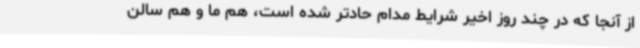
از آنجا که در چند روز اخیر شرایط مدام حادتر شده است، هم ما و هم سالن